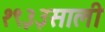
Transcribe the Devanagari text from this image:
१९३३साली